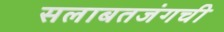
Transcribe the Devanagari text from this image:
सलाबतजंगची